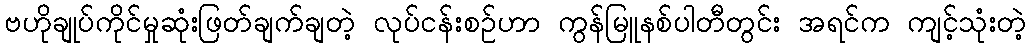
ဗဟိုချုပ်ကိုင်မှုဆုံးဖြတ်ချက်ချတဲ့ လုပ်ငန်းစဉ်ဟာ ကွန်မြူနစ်ပါတီတွင်း အရင်က ကျင့်သုံးတဲ့